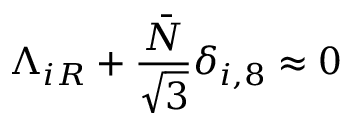
\Lambda _ { i R } + \frac { \bar { N } } { \sqrt 3 } \delta _ { i , 8 } \approx 0